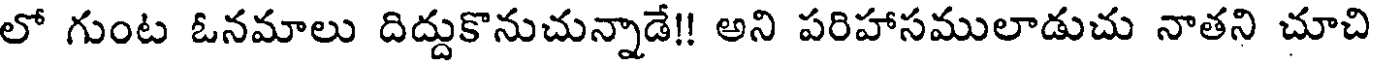
లో గుంట ఓనమాలు దిద్దుకొనుచున్నాడే!! అని పరిహాసములాడుచు నాతని చూచి